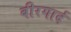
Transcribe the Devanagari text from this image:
बीरगार्द